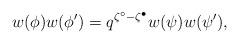
LaTeX: \begin{align*} w(\phi)w(\phi')=q^{\zeta^\circ-\zeta^\bullet} w(\psi)w(\psi'), \end{align*}